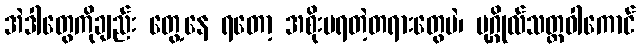
အဲဒါတွေကိုချည်း တွေ့နေ ရတော့ အစိုးမရတဲ့တရားတွေပဲ၊ ပုဂ္ဂိုလ်သတ္တဝါကောင်